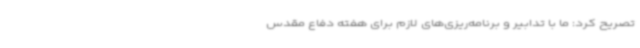
تصریح کرد: ما با تدابیر و برنامه‌ریزی‌های لازم برای هفته دفاع مقدس